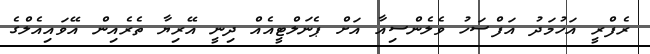
ރެފްރީ އަހުމަދު އަފްސަހު ވެލެންސިއާ އަށް ޕެނަލްޓީއެއް ދިނީ އޭރިޔާ ތެރެއިން އޭވައިއެލްގެ